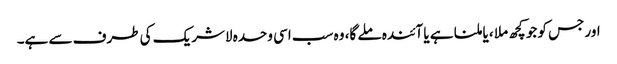
اور جس کو جو کچھ ملا ، یا ملنا ہے یا آئندہ ملے گا، وہ سب اسی وحدہ لاشریک کی طرف سے ہے۔